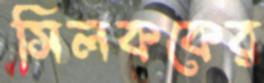
সিলককের